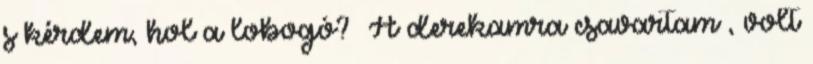
s kérdem, hol a lobogó? »A derekamra csavartam«, volt